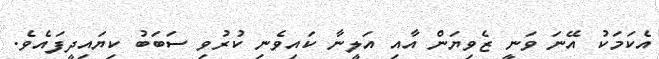
އެކަމަކު އޭނަ ވަނީ ޒެވިޔަން އާއި އަލީނާ ކައިވެނި ކުރުވި ސަބަބު ކިޔައިދީފައެވެ.